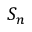
S _ { n }